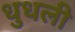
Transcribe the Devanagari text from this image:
धुधली